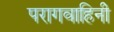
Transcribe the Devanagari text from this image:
परागवाहिनी